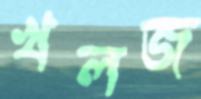
খলজ